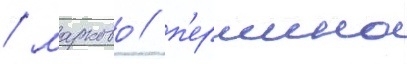
/ марково / п'ершино